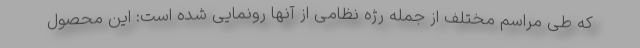
که طی مراسم مختلف از جمله رژه نظامی از آنها رونمایی شده است: این محصول